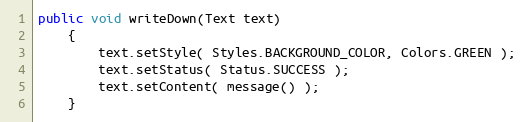
Language: Java
public void writeDown(Text text)
    {
        text.setStyle( Styles.BACKGROUND_COLOR, Colors.GREEN );
        text.setStatus( Status.SUCCESS );
        text.setContent( message() );
    }